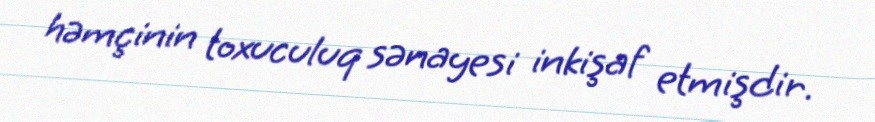
həmçinin toxuculuq sənayesi inkişaf etmişdir.